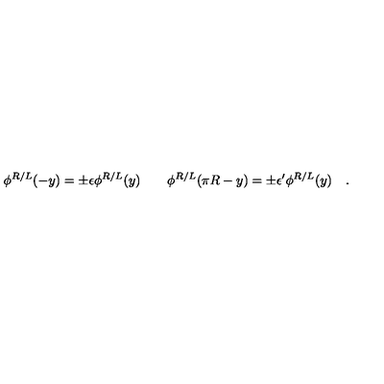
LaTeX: \phi ^ { R / L } ( - y ) = \pm \epsilon \phi ^ { R / L } ( y ) \qquad \phi ^ { R / L } ( \pi R - y ) = \pm \epsilon ^ { \prime } \phi ^ { R / L } ( y ) \quad .